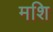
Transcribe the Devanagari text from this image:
मशि